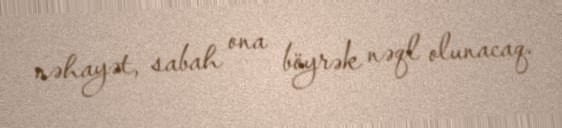
nəhayət, sabah ona böyrək nəql olunacaq.